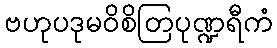
ဗဟုပဒုမဝိစိတြပုဏ္ဍရီကံ